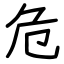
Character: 危